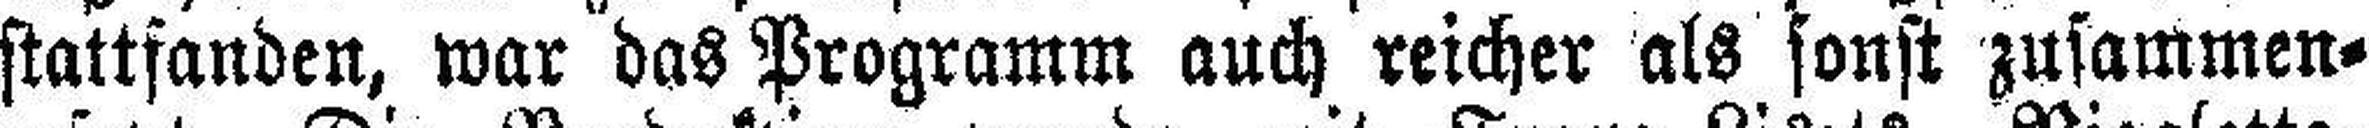
stattfanden, war das Programm auch reicher als sonst zusammen¬